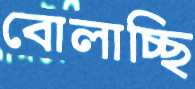
বোলাচ্ছি